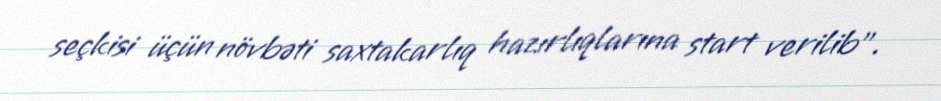
seçkisi üçün növbəti saxtakarlıq hazırlıqlarına start verilib”.